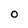
Character: O